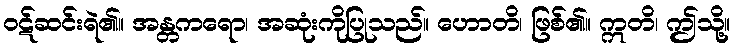
ဝဋ်ဆင်းရဲ၏။ အန္တကရော၊ အဆုံးကိုပြုသည်။ ဟောတိ၊ ဖြစ်၏။ ဣတိ၊ ဤသို့။